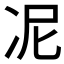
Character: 𭂊